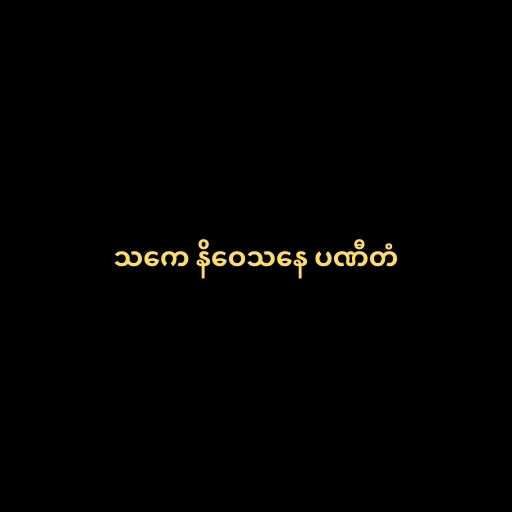
သကေ နိဝေသနေ ပဏီတံ